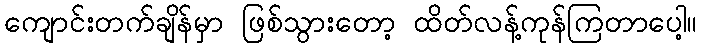
ကျောင်းတက်ချိန်မှာ ဖြစ်သွားတော့ ထိတ်လန့်ကုန်ကြတာပေါ့။